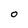
Character: O